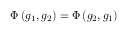
\Phi \left( g _ { 1 } , g _ { 2 } \right) = \Phi \left( g _ { 2 } , g _ { 1 } \right)